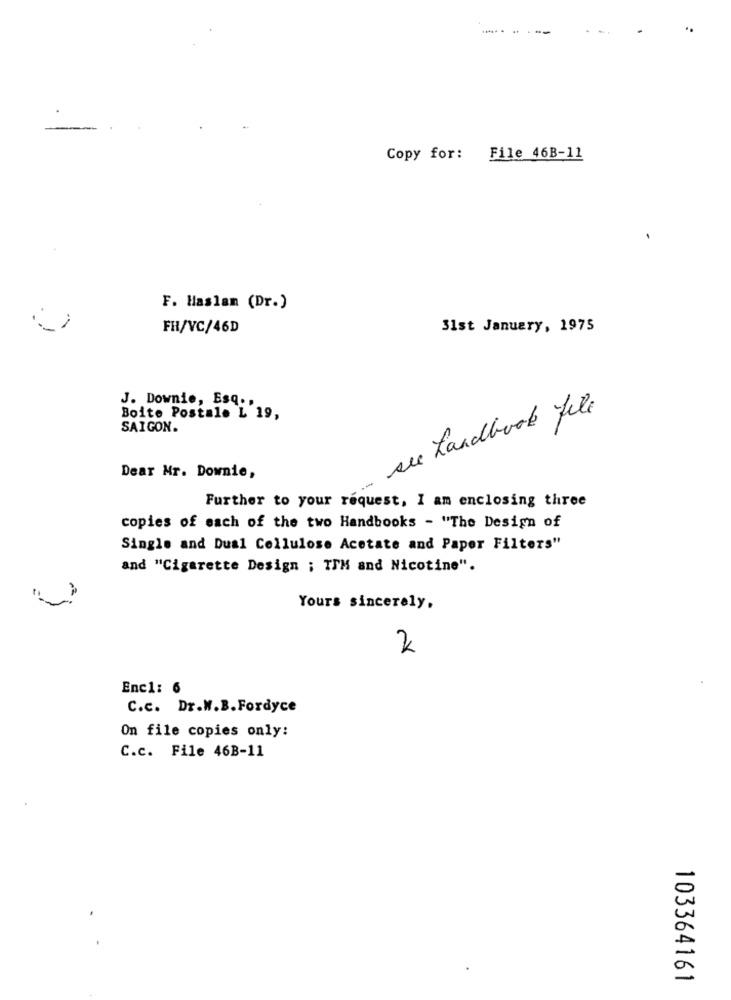
Copy for: File 46B-11
F. Haslam (Dr.)
FR/VC/46D
31st January, 1975
J. Downie, Esq .,
sie handbook file
Boite Postale L 19,
SAIGON.
Dear Mr. Downie,
Further to your request, I am enclosing three
copies of each of the two Handbooks - "The Design of
Single and Dual Cellulose Acetate and Paper Filters"
and "Cigarette Design ; TIM and Nicotine".
Yours sincerely,
Enc1: 6
C.c. Dr.W.B. Fordyce
On file copies only:
C.c. File 46B-11
103364161